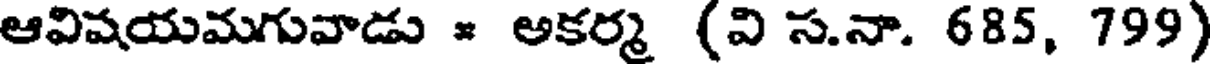
ఆవిషయమగువాడు * అకర్మ (వి స.నా. 685, 799)